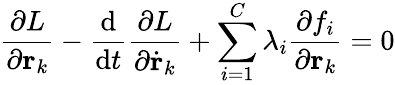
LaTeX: {\frac{\partial L}{\partial\mathbf{r}_{k}}}-{\frac{\mathrm{d}}{\mathrm{d}t}}{\frac{\partial L}{\partial{\dot{\mathbf{r}}}_{k}}}+\sum_{i=1}^{C}\lambda_{i}{\frac{\partial f_{i}}{\partial\mathbf{r}_{k}}}=0